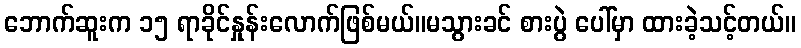
ဘောက်ဆူးက ၁၅ ရာခိုင်နှုန်းလောက်ဖြစ်မယ်။မသွားခင် စားပွဲ ပေါ်မှာ ထားခဲ့သင့်တယ်။